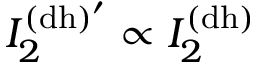
I _ { 2 } ^ { \mathrm { ( d h ) ^ { \prime } } } \propto I _ { 2 } ^ { \mathrm { ( d h ) } }